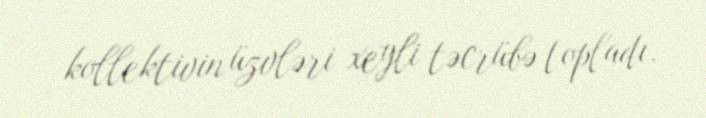
kollektivin üzvləri xeyli təcrübə topladı.